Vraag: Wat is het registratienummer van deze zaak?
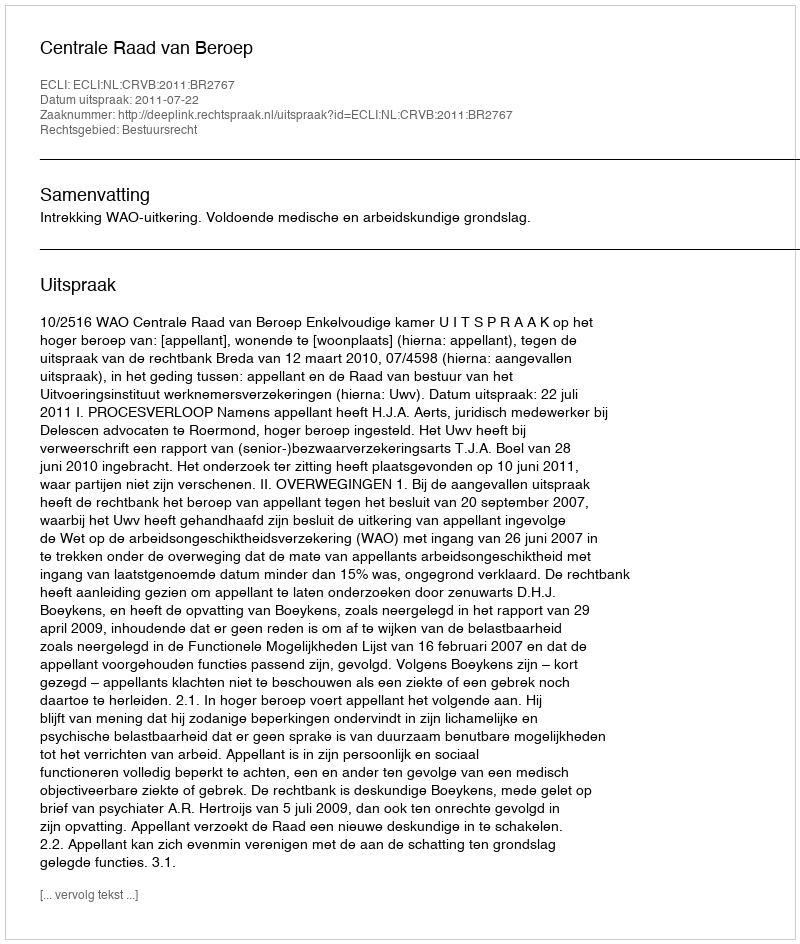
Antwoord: http://deeplink.rechtspraak.nl/uitspraak?id=ECLI:NL:CRVB:2011:BR2767